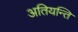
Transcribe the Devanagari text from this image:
अतियन्ति